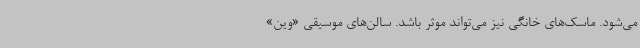
می‌شود. ماسک‌های خانگی نیز می‌تواند موثر باشد. سالن‌های موسیقی «وین»